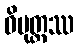
ဝိမုတ္တဿ